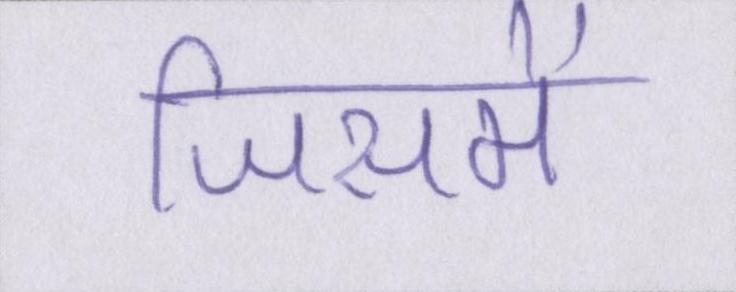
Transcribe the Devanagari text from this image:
जिसमें